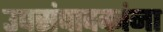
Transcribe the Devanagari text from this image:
उपसंपादकांना